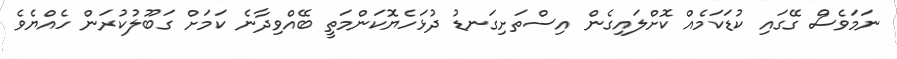
ނަަމަވެސް ގޭގައި ކުޑަކަމެއް ކޮށްލައިގެން އިސްތަށިގަނޑު ދުޅަހެޔޮކަންމަތީ ބޭއްވިދާނެ ކަމަށް ގަބޫލުކުރަން ހެއްޔެވެ